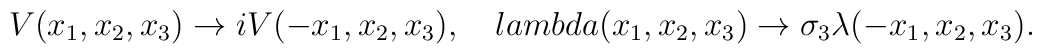
V(x_1,x_2,x_3)\rightarrow iV(-x_1,x_2,x_3),\ \ \ \ \\lambda(x_1,x_2,x_3)\rightarrow\sigma_3\lambda(-x_1,x_2,x_3).